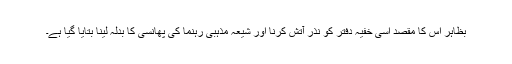
بظاہر اس کا مقصد اسی خفیہ دفتر کو نذر آتش کرنا اور شیعہ مذہبی رہنما کی پھانسی کا بدلہ لینا بتایا گیا ہے۔